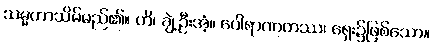
သမ္မတာသိမ်မည်၏။ ဟိ၊ ချဲ့ဦးအံ့။ ပေါရာဏကဿ၊ ရှေး၌ဖြစ်သော။